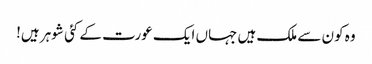
وہ کون سے ملک ہیں جہاں ایک عورت کے کئی شوہر ہیں!